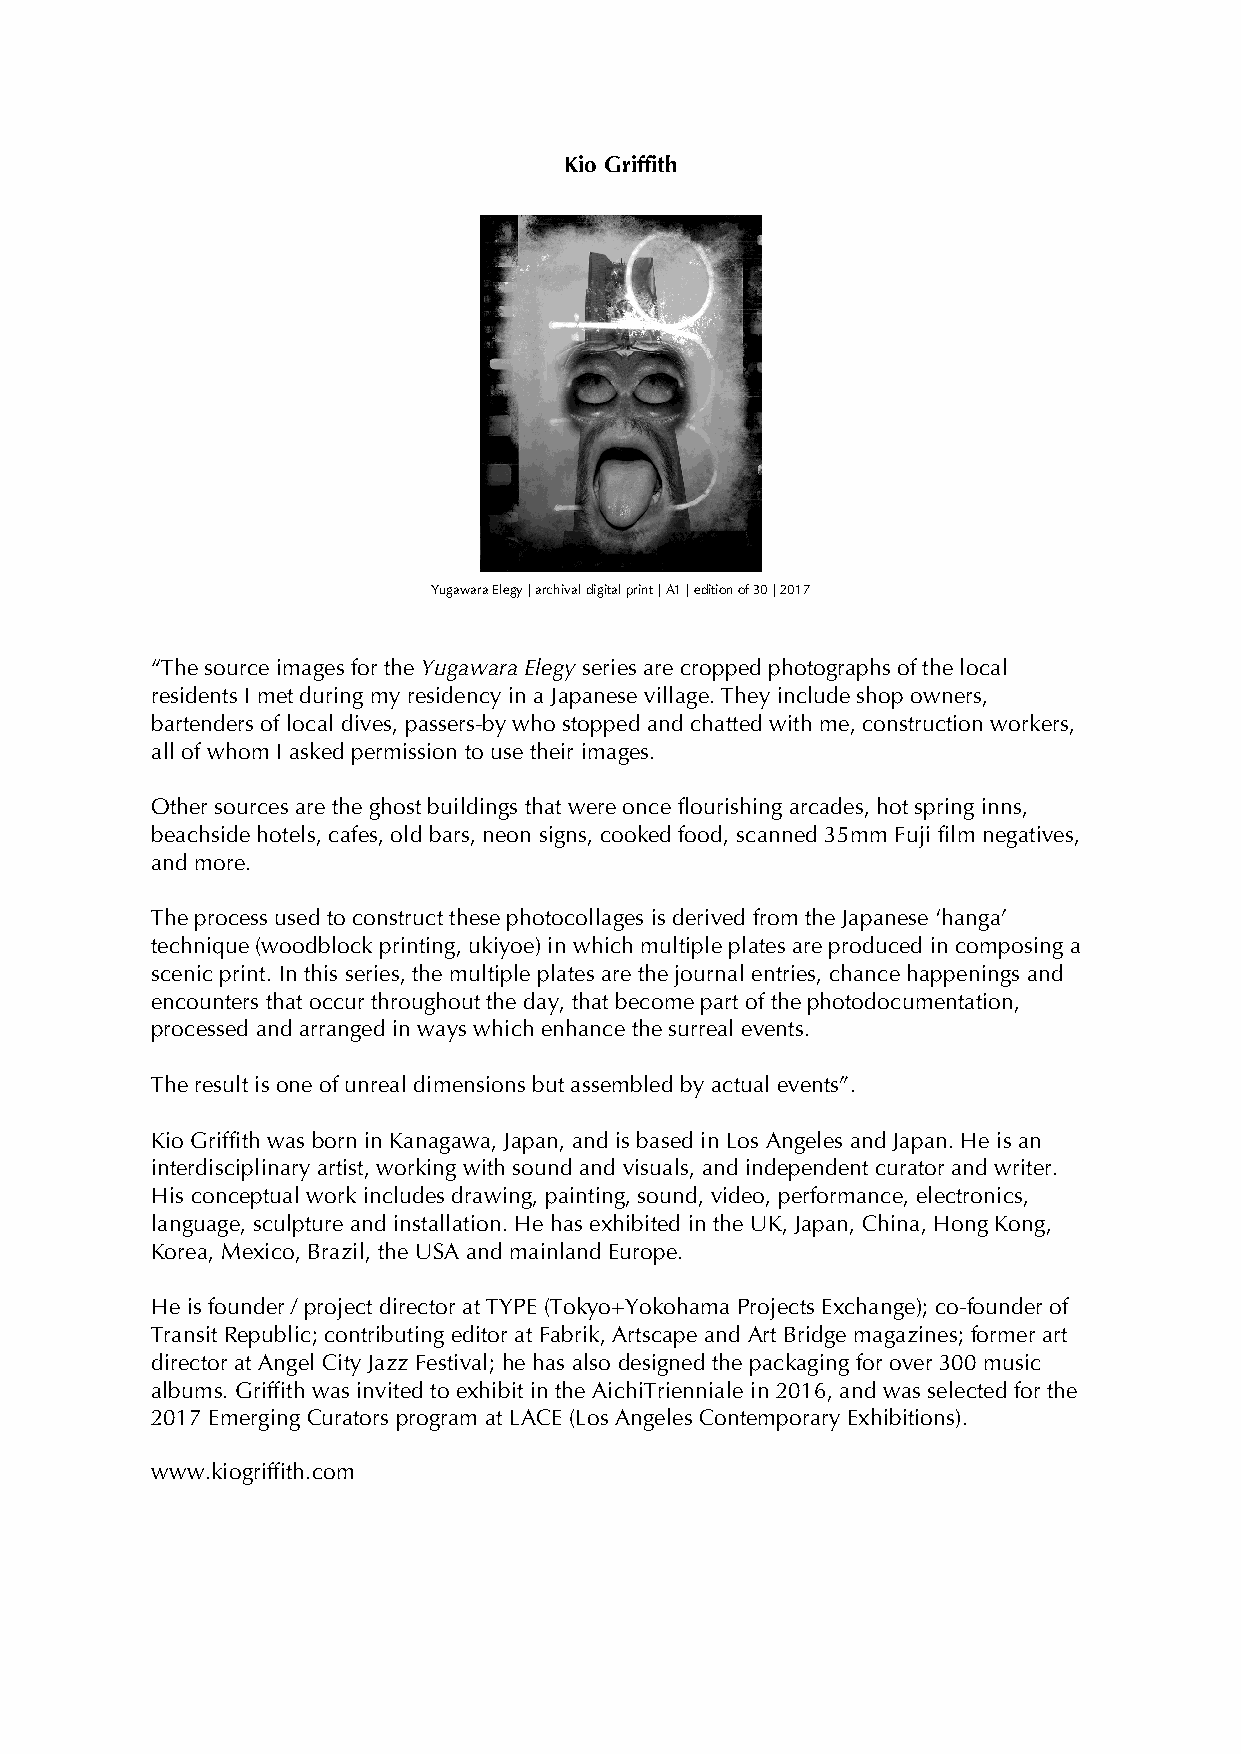
Kio Griffith
 Yugawara Elegy | archival digital print | A1 | edition of 30 | 2017
 “The source images for the Yugawara Elegy series are cropped photographs of the local
 residents I met during my residency in a Japanese village. They include shop owners,
 bartenders of local dives, passers-by who stopped and chatted with me, construction workers,
 all of whom I asked permission to use their images.
 Other sources are the ghost buildings that were once flourishing arcades, hot spring inns,
 beachside hotels, cafes, old bars, neon signs, cooked food, scanned 35mm Fuji film negatives,
 and more.
 The process used to construct these photocollages is derived from the Japanese ‘hanga’
 technique (woodblock printing, ukiyoe) in which multiple plates are produced in composing a
 scenic print. In this series, the multiple plates are the journal entries, chance happenings and
 encounters that occur throughout the day, that become part of the photodocumentation,
 processed and arranged in ways which enhance the surreal events.
 The result is one of unreal dimensions but assembled by actual events”.
 Kio Griffith was born in Kanagawa, Japan, and is based in Los Angeles and Japan. He is an
 interdisciplinary artist, working with sound and visuals, and independent curator and writer.
 His conceptual work includes drawing, painting, sound, video, performance, electronics,
 language, sculpture and installation. He has exhibited in the UK, Japan, China, Hong Kong,
 Korea, Mexico, Brazil, the USA and mainland Europe.
 He is founder / project director at TYPE (Tokyo+Yokohama Projects Exchange); co-founder of
 Transit Republic; contributing editor at Fabrik, Artscape and Art Bridge magazines; former art
 director at Angel City Jazz Festival; he has also designed the packaging for over 300 music
 albums. Griffith was invited to exhibit in the AichiTrienniale in 2016, and was selected for the
 2017 Emerging Curators program at LACE (Los Angeles Contemporary Exhibitions).
 www.kiogriffith.com